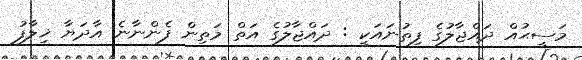
މަސީޙުއް ދައްޖާލުގެ ފިތުނައަކީ : ދައްޖާލުގެ އަތް މަތިން ފެންނާނެ އާދަޔާ ޚިލާފު